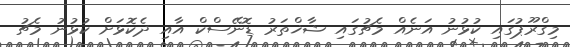
މިގްރޫޕުގައި ކުޅުނު އަނެއް މެޗުގައި ޝާޚްތަރު ޑޮނޭސްކް އާއި ދެކޮޅަށް ކުޅުނު މެޗު